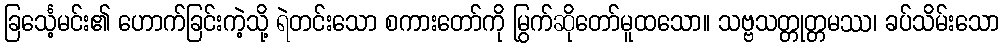
ခြင်္သေ့မင်း၏ ဟောက်ခြင်းကဲ့သို့ ရဲတင်းသော စကားတော်ကို မြွက်ဆိုတော်မူထသော။ သဗ္ဗသတ္တုတ္တမဿ၊ ခပ်သိမ်းသော